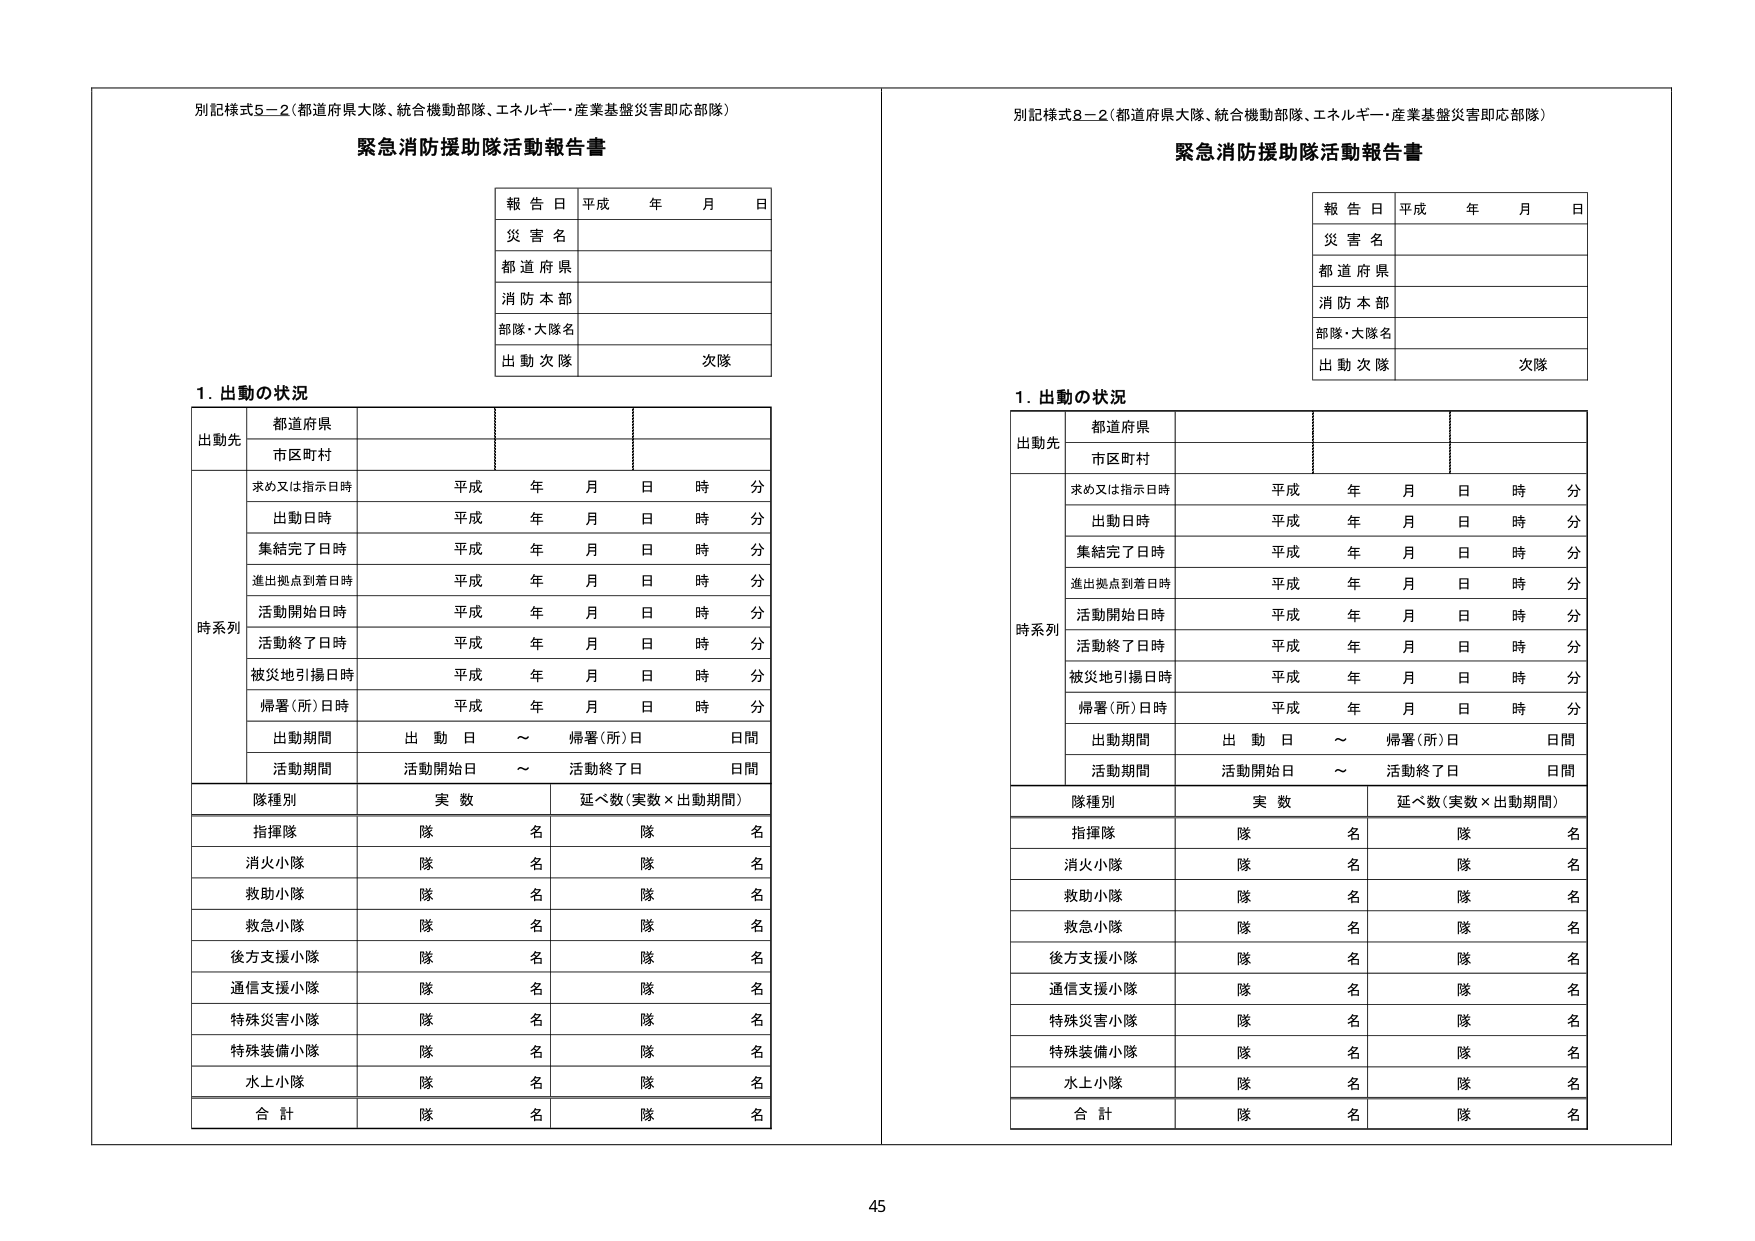
別記様式5－2（都道府県大隊、統合機動部隊、エネルギー・産業基盤災害即応部隊）
緊急消防援助隊活動報告書

報告日 平成 年 月 日
災害名
都道府県
消防本部
部隊・大隊名
出動次隊 次隊

1．出動の状況

出動先 都道府県
市区町村

時系列
求め又は指示日時 平成 年 月 日 時 分
出動日時 平成 年 月 日 時 分
集結完了日時 平成 年 月 日 時 分
進出拠点到着日時 平成 年 月 日 時 分
活動開始日時 平成 年 月 日 時 分
活動終了日時 平成 年 月 日 時 分
被災地引揚日時 平成 年 月 日 時 分
帰署（所）日時 平成 年 月 日 時 分
出動期間 出動日 ～ 帰署（所）日 日間
活動期間 活動開始日 ～ 活動終了日 日間

隊種別 実数 延べ数（実数×出動期間）
指揮隊 隊 名 隊 名
消火小隊 隊 名 隊 名
救助小隊 隊 名 隊 名
救急小隊 隊 名 隊 名
後方支援小隊 隊 名 隊 名
通信支援小隊 隊 名 隊 名
特殊災害小隊 隊 名 隊 名
特殊装備小隊 隊 名 隊 名
水上小隊 隊 名 隊 名
合計 隊 名 隊 名

別記様式8－2（都道府県大隊、統合機動部隊、エネルギー・産業基盤災害即応部隊）
緊急消防援助隊活動報告書

報告日 平成 年 月 日
災害名
都道府県
消防本部
部隊・大隊名
出動次隊 次隊

1．出動の状況

出動先 都道府県
市区町村

時系列
求め又は指示日時 平成 年 月 日 時 分
出動日時 平成 年 月 日 時 分
集結完了日時 平成 年 月 日 時 分
進出拠点到着日時 平成 年 月 日 時 分
活動開始日時 平成 年 月 日 時 分
活動終了日時 平成 年 月 日 時 分
被災地引揚日時 平成 年 月 日 時 分
帰署（所）日時 平成 年 月 日 時 分
出動期間 出動日 ～ 帰署（所）日 日間
活動期間 活動開始日 ～ 活動終了日 日間

隊種別 実数 延べ数（実数×出動期間）
指揮隊 隊 名 隊 名
消火小隊 隊 名 隊 名
救助小隊 隊 名 隊 名
救急小隊 隊 名 隊 名
後方支援小隊 隊 名 隊 名
通信支援小隊 隊 名 隊 名
特殊災害小隊 隊 名 隊 名
特殊装備小隊 隊 名 隊 名
水上小隊 隊 名 隊 名
合計 隊 名 隊 名

45